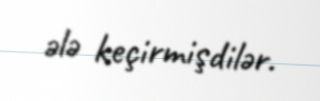
ələ keçirmişdilər.